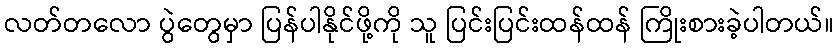
လတ်တလော ပွဲတွေမှာ ပြန်ပါနိုင်ဖို့ကို သူ ပြင်းပြင်းထန်ထန် ကြိုးစားခဲ့ပါတယ်။